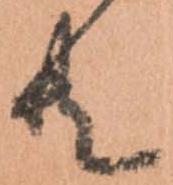
共